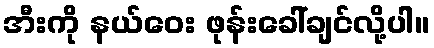
အီးကို နယ်ဝေး ဖုန်းခေါ်ချင်လို့ပါ။